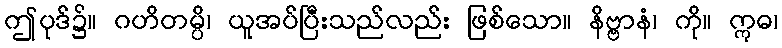
ဤပုဒ်၌။ ဂဟိတမ္ပိ၊ ယူအပ်ပြီးသည်လည်း ဖြစ်သော။ နိဗ္ဗာနံ၊ ကို။ ဣဓ၊